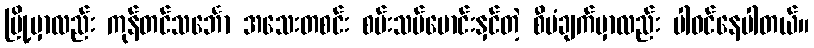
မြို့မှာလည်း ကုန်တင်သင်္ဘော အသေးတစင်း စမ်းသပ်မောင်းနှင်တဲ့ စီမံချက်မှာလည်း ပါဝင်နေပါတယ်။